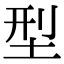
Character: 型